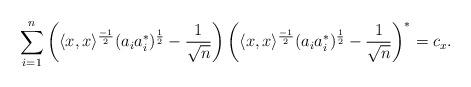
LaTeX: \begin{align*} \sum_{i=1}^{n}\left(\langle x, x \rangle^\frac{-1}{2}(a_ia_i^*)^\frac{1}{2}-\frac{1}{\sqrt{n}}\right)\left(\langle x, x \rangle^\frac{-1}{2}(a_ia_i^*)^\frac{1}{2}-\frac{1}{\sqrt{n}}\right)^*=c_x. \end{align*}